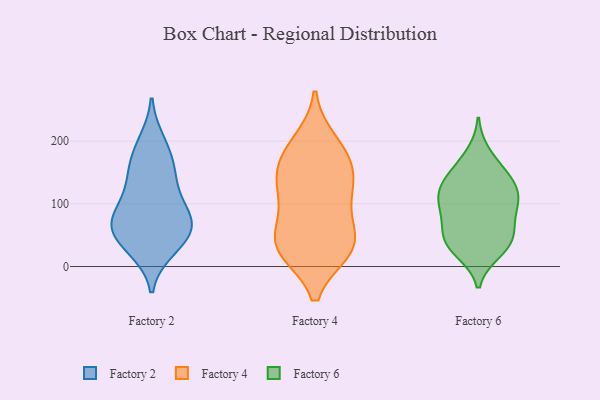
{"axis": {"x": "Budget (USD K)", "y": "Value"}, "legend": ["Factory 2", "Factory 4", "Factory 6"], "data": [{"x": "", "y": 29, "type": "Factory 2"}, {"x": "", "y": 44, "type": "Factory 2"}, {"x": "", "y": 198, "type": "Factory 2"}, {"x": "", "y": 180, "type": "Factory 2"}, {"x": "", "y": 67, "type": "Factory 2"}, {"x": "", "y": 144, "type": "Factory 2"}, {"x": "", "y": 39, "type": "Factory 2"}, {"x": "", "y": 65, "type": "Factory 2"}, {"x": "", "y": 77, "type": "Factory 2"}, {"x": "", "y": 76, "type": "Factory 2"}, {"x": "", "y": 85, "type": "Factory 2"}, {"x": "", "y": 122, "type": "Factory 2"}, {"x": "", "y": 151, "type": "Factory 2"}, {"x": "", "y": 133, "type": "Factory 4"}, {"x": "", "y": 115, "type": "Factory 4"}, {"x": "", "y": 28, "type": "Factory 4"}, {"x": "", "y": 151, "type": "Factory 4"}, {"x": "", "y": 65, "type": "Factory 4"}, {"x": "", "y": 38, "type": "Factory 4"}, {"x": "", "y": 139, "type": "Factory 4"}, {"x": "", "y": 27, "type": "Factory 4"}, {"x": "", "y": 177, "type": "Factory 4"}, {"x": "", "y": 182, "type": "Factory 4"}, {"x": "", "y": 26, "type": "Factory 4"}, {"x": "", "y": 199, "type": "Factory 4"}, {"x": "", "y": 94, "type": "Factory 4"}, {"x": "", "y": 34, "type": "Factory 4"}, {"x": "", "y": 41, "type": "Factory 6"}, {"x": "", "y": 50, "type": "Factory 6"}, {"x": "", "y": 142, "type": "Factory 6"}, {"x": "", "y": 95, "type": "Factory 6"}, {"x": "", "y": 24, "type": "Factory 6"}, {"x": "", "y": 123, "type": "Factory 6"}, {"x": "", "y": 140, "type": "Factory 6"}, {"x": "", "y": 100, "type": "Factory 6"}, {"x": "", "y": 68, "type": "Factory 6"}, {"x": "", "y": 64, "type": "Factory 6"}, {"x": "", "y": 32, "type": "Factory 6"}, {"x": "", "y": 32, "type": "Factory 6"}, {"x": "", "y": 180, "type": "Factory 6"}, {"x": "", "y": 108, "type": "Factory 6"}, {"x": "", "y": 155, "type": "Factory 6"}, {"x": "", "y": 123, "type": "Factory 6"}, {"x": "", "y": 100, "type": "Factory 6"}]}